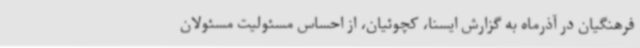
فرهنگیان در آذرماه به گزارش ایسنا، کچوئیان، از احساس مسئولیت مسئولان